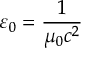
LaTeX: \varepsilon _ { 0 } = { \frac { 1 } { \mu _ { 0 } c ^ { 2 } } }